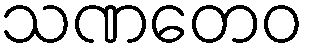
သဏတေဝ